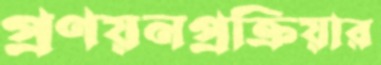
প্রণয়নপ্রক্রিয়ার